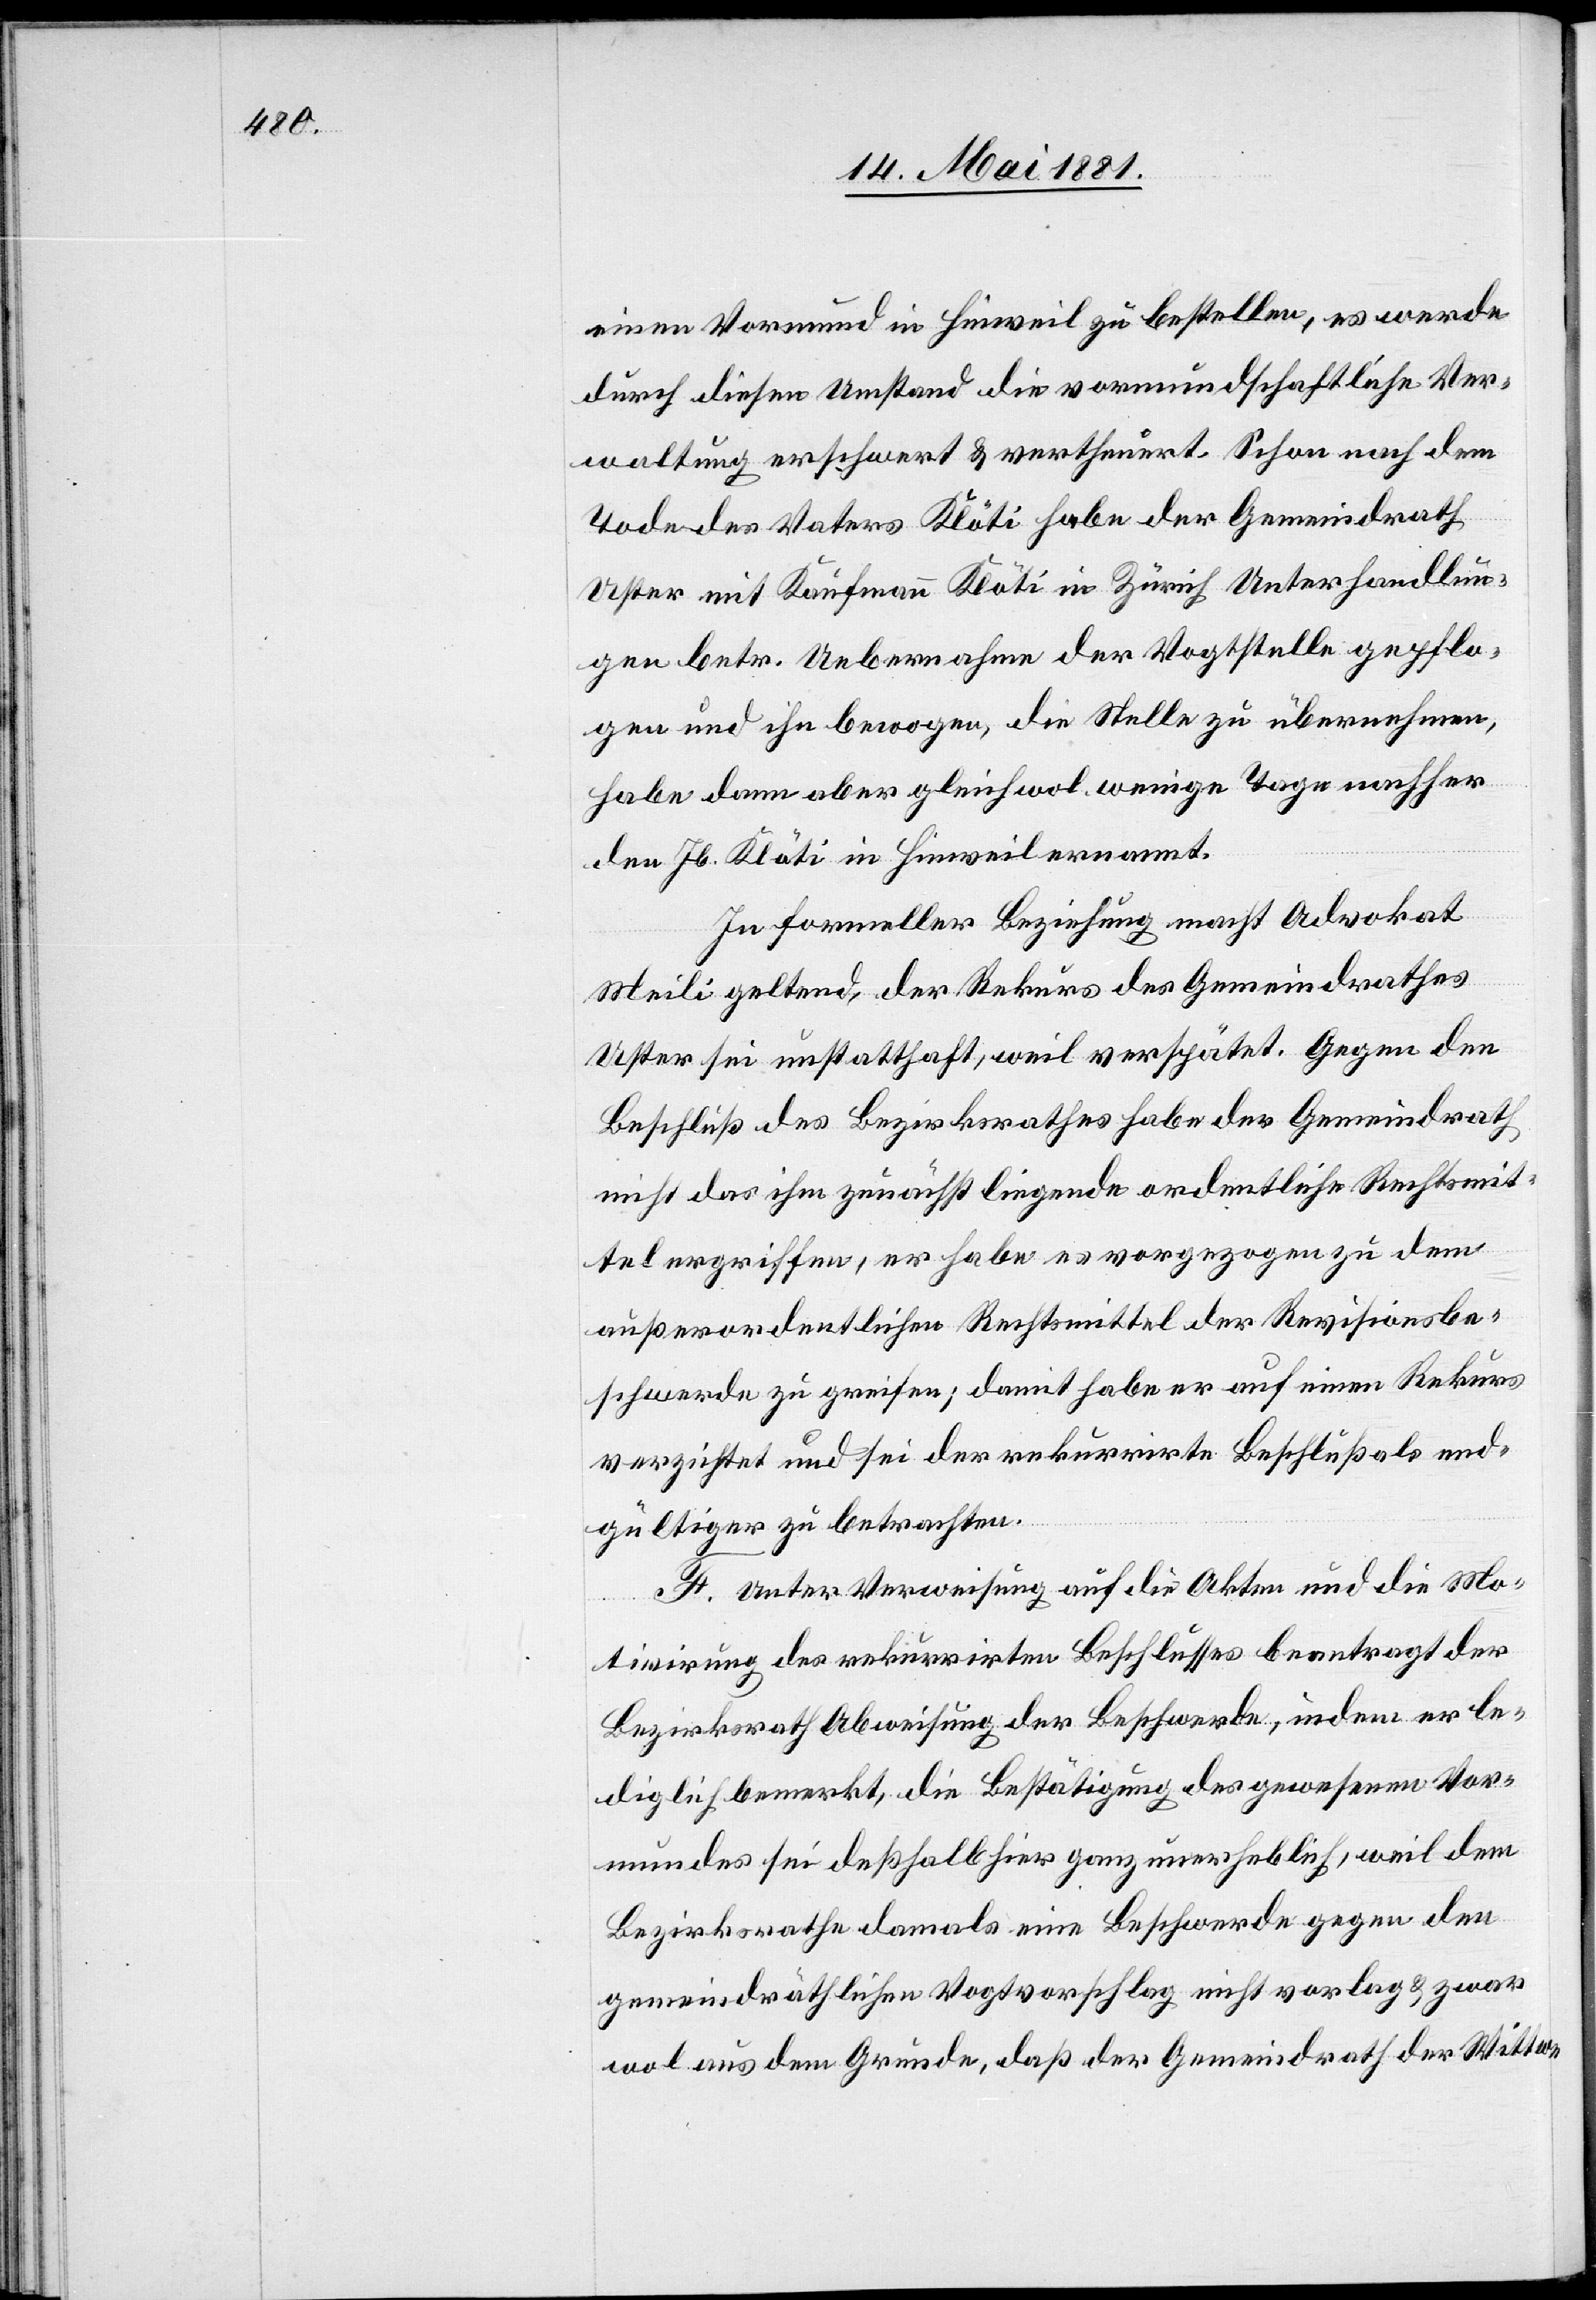
einen Vormund in Hinweil zu bestellen, es werde
durch diesen Umstand die vormundschaftliche Ver¬
waltung erschwert & vertheuert. Schon nach dem
Tode des Vaters Klöti habe der Gemeindrath
Uster mit Kaufmann Klöti in Zürich Unterhandlun¬
gen betr. Uebernahme der Vogtstelle gepflo¬
gen und ihn bewogen, die Stelle zu übernehmen,
habe dann aber gleichwol wenige Tage nachher
den Jb. Klöti in Hinweil ernannt.
In formeller Beziehung macht Advokat
Meili geltend, der Rekurs des Gemeindrathes
Uster sei unstatthaft, weil verspätet. Gegen den
Beschluß des Bezirksrathes habe der Gemeindrath
nicht das ihm zunächst liegende ordentliche Rechtsmit¬
tel ergriffen, er habe es vorgezogen zu dem
außerordentlichen Rechtsmittel der Revisionsbe¬
schwerde zu greifen; damit habe er auf einen Rekurs
verzichtet und sei der rekurrirte Beschluß als un¬
gültiger zu betrachten.
F. Unter Verweisung auf die Akten und die Mo¬
tivirung des rekurrirten Beschlusses beantragt der
Bezirksrath Abweisung der Beschwerde, in dem er le¬
diglich bemerkt, die Bestätigung des gewesenen Vor¬
mundes sei deßhalb hier ganz unerheblich, weil dem
Bezirksrathe damals eine Beschwerde gegen den
gemeindräthlichen Vogtvorschlag nicht vorlag & war
wol aus dem Grunde, daß der Gemeindrath der Wittwe